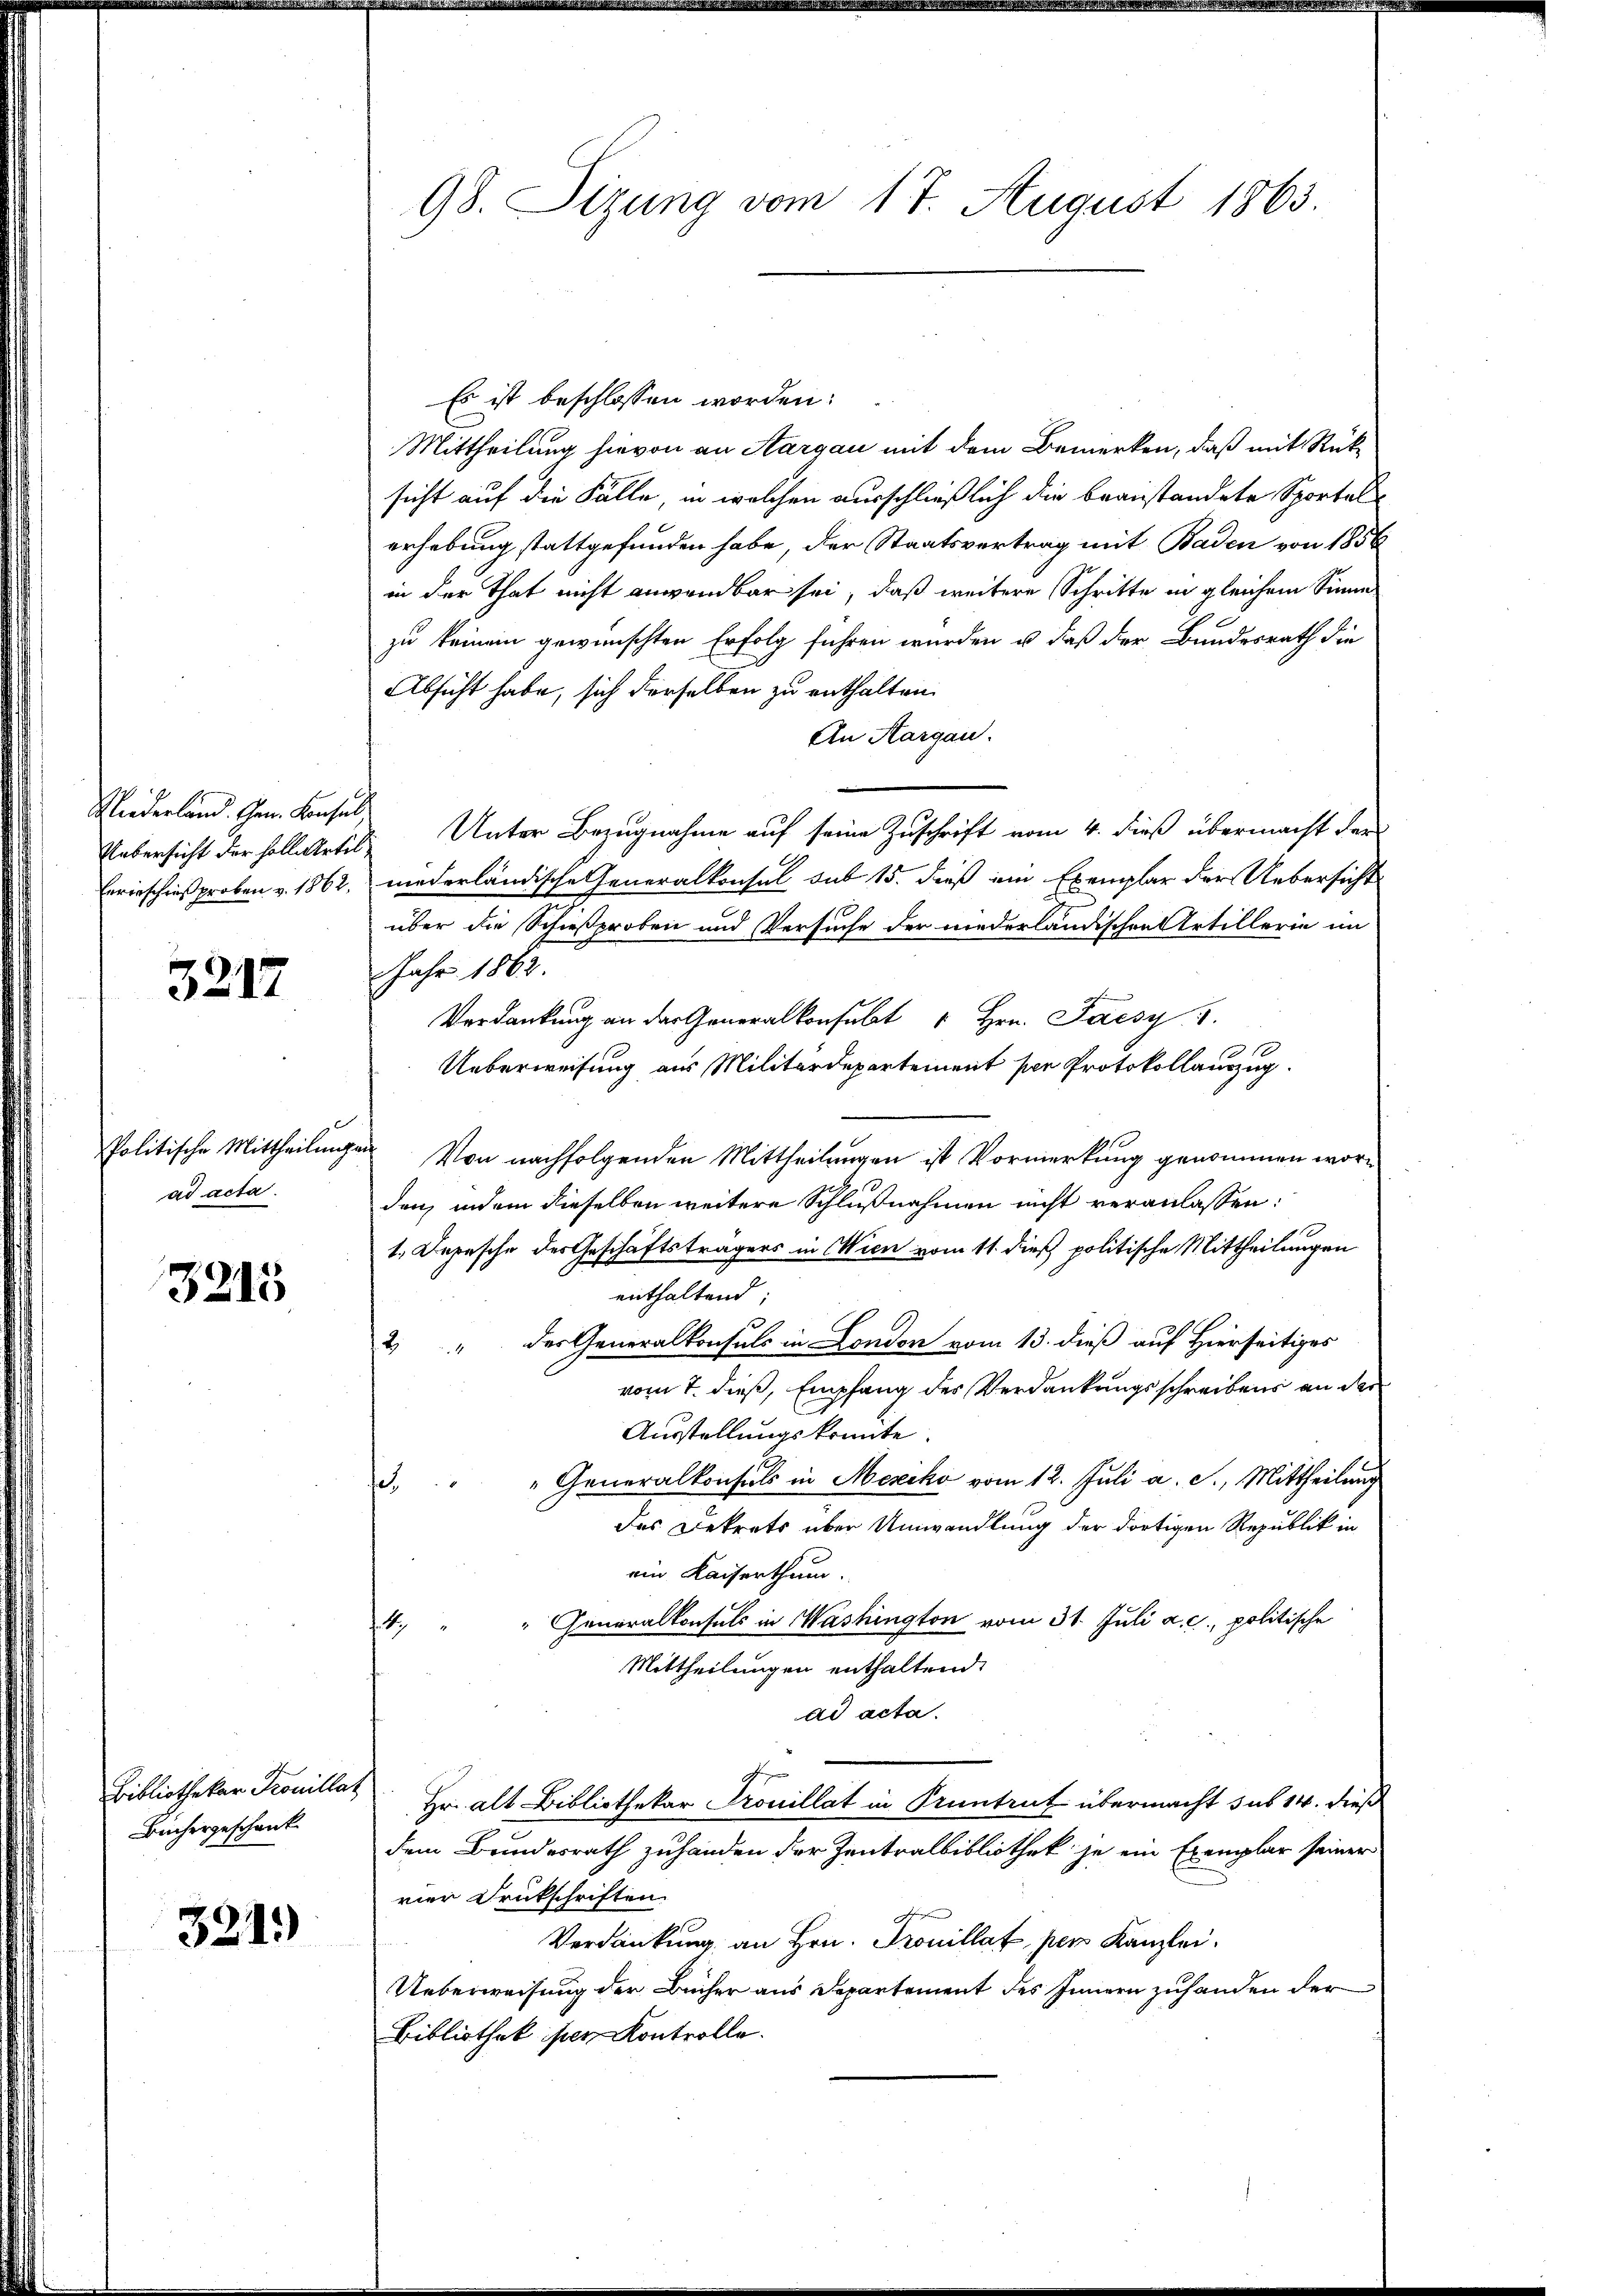
Niederland. Gen. Konsul
Ubersicht der soll. Artil
Enrieschniß proben v. 1862.

3217

Politische Mittheilungen
ad acta.

3215

Bibliothekar Trouillat
Büchergeschenk

321.)

98. Sizung vom 17. August 1863.

Es ist beschlossen worden:
Mittheilung hievon an Aargau mit dem Bemerken, daß mit Rüksicht auf die Fälle, in welchen ausschließlich die beanstandete Sportal
erhebung stattgefunden habe, der Staatsvertrag mit Baden von 1856
in der That nicht anwendbar sei, daß weitere Schritte in gleichem Sinne
zu keinem gewünschten Erfolg führen wurden u. daß der Bundesrath die
Absicht habe, sich derselben zu enthalten.
An Aargau.
Unter Bezugnahme auf seine Zuschrift vom 4. dieß übermacht der
niederländische Generalkonsul sub 15. dieß im Exemplar der Uebersicht
über die Schießproben und Versuche der niederländischen Artillerie im
Jahr 1882.
Verdankung an der Generalkonsult " Hrn. Pacsy
Ueberweisung aus Militärdepartement per Protokollauszug
Von nachfolgenden Mittheilungen ist Vormerkung genommen worden, indem dieselben weitere Schlußnahmen nicht veranlassen:
1. Depesche des Geschäftsträgers in Wien vom 11. dieß politische Mittheilungen
enthaltend
" der Generalkonsuls in London vom 13. dieß auf Hierseitiges
2.
vom 7. dieß, Empfang des Verdankungsschreibens an der
Ausstellungskonnte.
" Generalkonsuls in Mexiko vom 12. Juli a. c., Mittheilung
e
des Dekrets über Umwandlung der dortigen Republik in
ein Kaiserthum.
" Generalkonsuls in Washington vom 31. Juli a. c., politische
4
Mittheilungen enthaltend.
ad acta.
Hr. alt Bibliothekar Trouillat in Pruntrut übermacht sub 14. dieß
dem Bundesrath zuhanden der Zentralbibliothek je ein Exemplar seiner
vier Druckschriften
Verdankung an Hrn. Trouillat, per Kanzlei.
Ueberweisung der Bücher aus Departement des Innern zuhanden der
Bibliothek per Kontrolle.